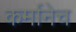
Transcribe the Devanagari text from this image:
कर्मानेच